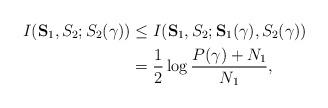
LaTeX: \begin{align*}I(\mathbf{S}_1,S_2;S_2(\gamma))&\leq I(\mathbf{S}_1,S_2;\mathbf{S}_1(\gamma),S_2(\gamma))\\&=\frac{1}{2}\log\frac{P(\gamma)+N_1}{N_1},\end{align*}